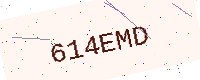
Text: 614EMD